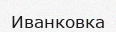
Иванковка